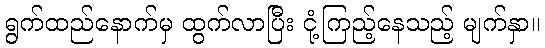
ရွက်ထည်နောက်မှ ထွက်လာပြီး ငုံ့ကြည့်နေသည့် မျက်နှာ။